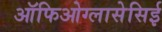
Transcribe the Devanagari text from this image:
ऑफिओग्लासेसिई